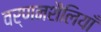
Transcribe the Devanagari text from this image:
वर्णनशैलियाँ